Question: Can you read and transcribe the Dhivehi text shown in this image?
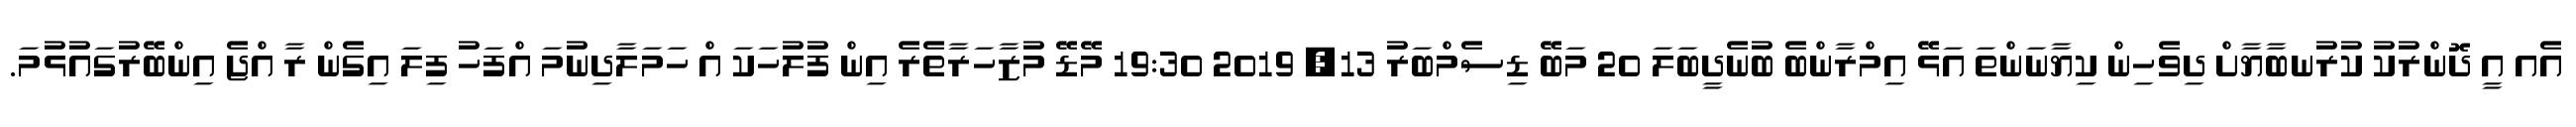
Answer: އެއ އީ ދޮންރުކު ކުރުނބާޔާށް ދިވެހިން ކިޔާނަންތަ އަޅޭ އިމްރާންބެ ބުނެދީބަލަ 20 މަބޭ ޑިސެމްބަރު 13, 2019 19:30 މޭޑޭ މުޒާހަރާތެރެ އިން ފުލުހަކަ އް ހަމަލާދިނުމަ އްފަހު ފިލަ އިގެން ރާ އްޖެ އިންބޭރުގައުޅުމަ.